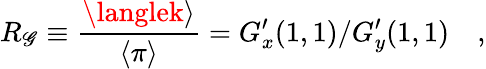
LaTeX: R_{\mathscr{G}}\equiv{\frac{{\langlek\rangle}}{{\langle\pi\rangle}}}=G_{x}^{\prime}(1,1)/G_{y}^{\prime}(1,1)\quad,